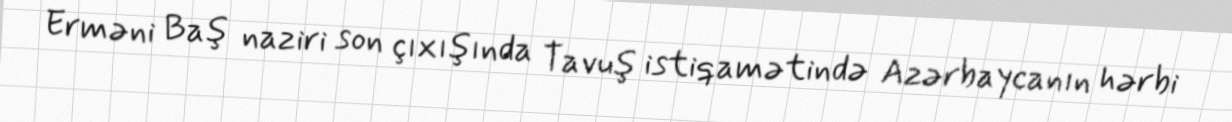
Erməni Baş naziri son çıxışında Tavuş istiqamətində Azərbaycanın hərbi